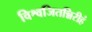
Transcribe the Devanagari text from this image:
विश्वजितन्निरीहं